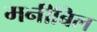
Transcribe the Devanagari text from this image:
मनीबिल